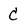
Character: c